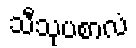
သီသုပစာလံ